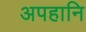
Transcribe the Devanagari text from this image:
अपहानि